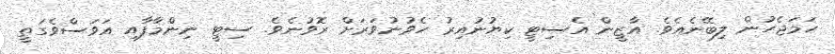
ހަމަޖެހުން ލިބޭނެއެވެ. އާޒީން އެސިޓީ ކިޔުނުއިރު ހެވުނުވަރަށް ރޮވުނެވެ. ސިޓީ ނިންމާފާއި އަވަސްވެގަތީ